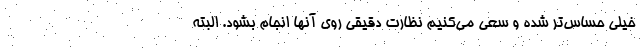
خیلی حساس‌تر شده و سعی می‌کنیم نظارت دقیقی روی آنها انجام بشود. البته